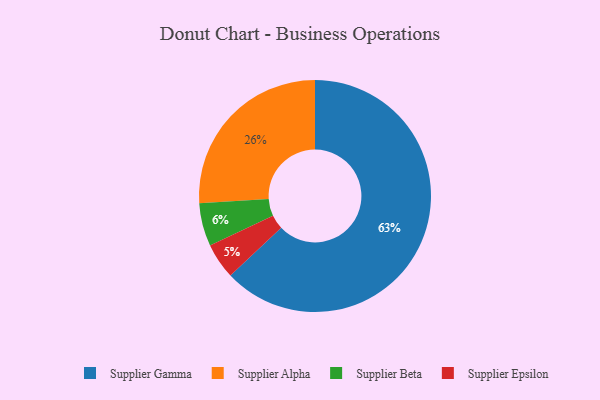
{"axis": {"x": "Category", "y": "Percentage"}, "legend": ["Supplier Alpha", "Supplier Beta", "Supplier Epsilon", "Supplier Gamma"], "data": [{"x": "Supplier Beta", "y": 6, "type": "Supplier Beta"}, {"x": "Supplier Gamma", "y": 63, "type": "Supplier Gamma"}, {"x": "Supplier Epsilon", "y": 5, "type": "Supplier Epsilon"}, {"x": "Supplier Alpha", "y": 26, "type": "Supplier Alpha"}]}